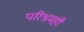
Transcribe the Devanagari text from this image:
परिश्रमही